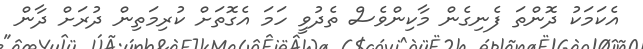
އެކަމަކު ދޮންތަ ފެނިގެން މާކިންވެސް ތެދުވީ ހަމަ އެގޮތަށް ކުރިމަތިން ދުރަށް ދާން